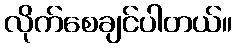
လိုက်စေချင်ပါတယ်။